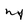
Character: m